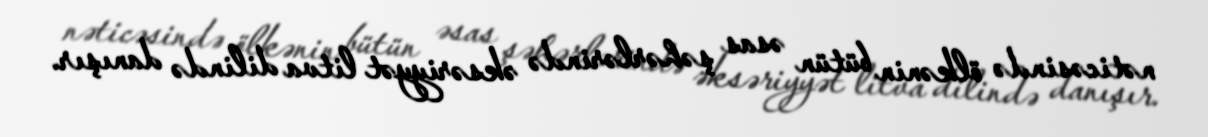
nəticəsində ölkənin bütün əsas şəhərlərində əksəriyyət litva dilində danışır.